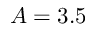
A = 3 . 5